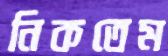
নিকতেম